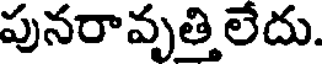
పునరావృత్తి లేదు.